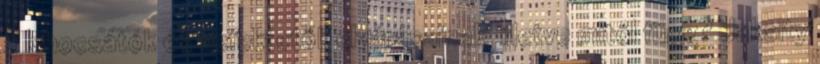
a kibocsátók és befektetők elvárásainak, illetve mitől függ? Jaksity